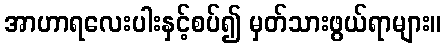
အာဟာရလေးပါးနှင့်စပ်၍ မှတ်သားဖွယ်ရာများ။